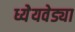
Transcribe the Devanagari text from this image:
ध्येेयवेड्या